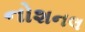
નોશનલ